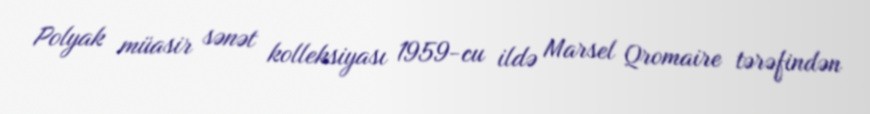
Polyak müasir sənət kolleksiyası 1959-cu ildə Marsel Qromaire tərəfindən